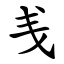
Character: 㦮